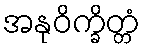
အနုဝိက္ခိတ္တံ